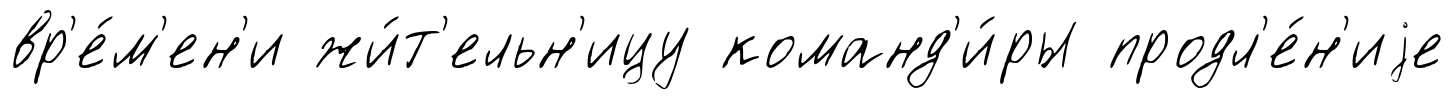
вр'е́м'ен'и жи́т'ельн'ицу команд'и́ры продл'е́н'иjе